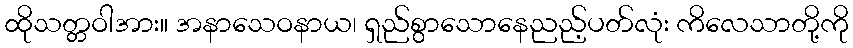
ထိုသတ္တဝါအား။ အနာသေဝနာယ၊ ရှည်စွာသောနေညည့်ပတ်လုံး ကိလေသာတို့ကို